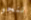
ننجو